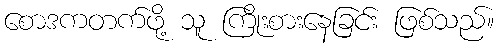
စောဒကတက်ဖို့ သူ ကြိုးစားနေခြင်း ဖြစ်သည်။